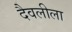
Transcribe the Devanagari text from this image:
दैवलीला